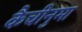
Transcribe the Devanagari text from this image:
कैचीनुमा